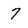
Character: 7